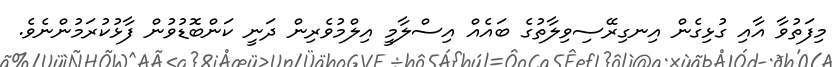
މިފަތުވާ އާއި ގުޅިގެން އިނގިރޭސިވިލާތުގެ ބައެއް އިސްލާމީ އިލްމުވެރިން ދަނީ ކަންބޮޑުވުން ފާޅުކުރަމުންނެވެ.